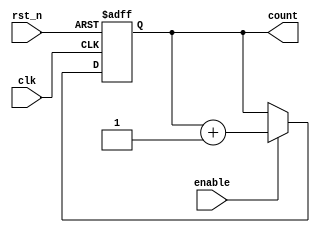
module async_counter #(
    parameter N = 4  // Number of bits for the counter
) (
    input wire clk,           // Clock input
    input wire rst_n,        // Asynchronous reset (active low)
    input wire enable,       // Enable signal for counting
    output reg [N-1:0] count // Current count value
);

    // Asynchronous reset and counting logic
    always @(posedge clk or negedge rst_n) begin
        if (!rst_n) begin
            count <= 0; // Reset count to 0
        end else if (enable) begin
            count <= count + 1; // Increment count
        end
    end

endmodule